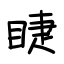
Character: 睫